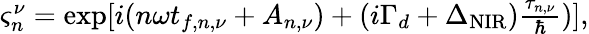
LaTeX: \begin{array}{r}{\varsigma_{n}^{\nu}=\exp[i(n\omega t_{f,n,\nu}+A_{n,\nu})+(i\Gamma_{d}+\Delta_{\mathrm{NIR}})\frac{\tau_{n,\nu}}{\hbar})],}\end{array}